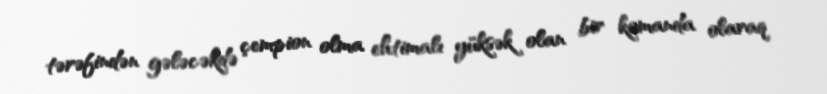
tərəfindən gələcəkdə çempion olma ehtimalı yüksək olan bir komanda olaraq